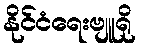
နိုင်ငံရေးဗျူရို